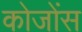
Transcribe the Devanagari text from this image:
कोजोंस